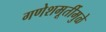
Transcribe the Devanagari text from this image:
गणेशमूर्तीमुळे